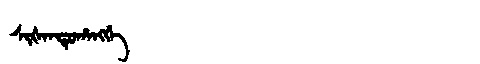
Manchu: ᠰᡳᡧᠠᠨᡨᡠᡥᠠᠩᡤᡝ
Romanization: SIŠANTUHANGGE